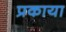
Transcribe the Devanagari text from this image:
प्रकाया